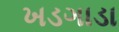
ખડગાડા